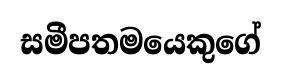
සමීපතමයෙකුගේ